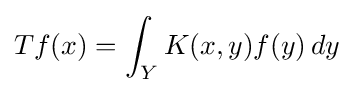
Tf(x)=\int _{Y}K(x,y)f(y)\,dy